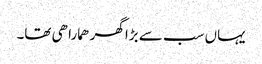
یہاں سب سے بڑا گھر ھمارا ھی تھا۔